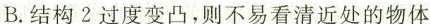
B.结构2过度变凸，则不易看清近处的物体